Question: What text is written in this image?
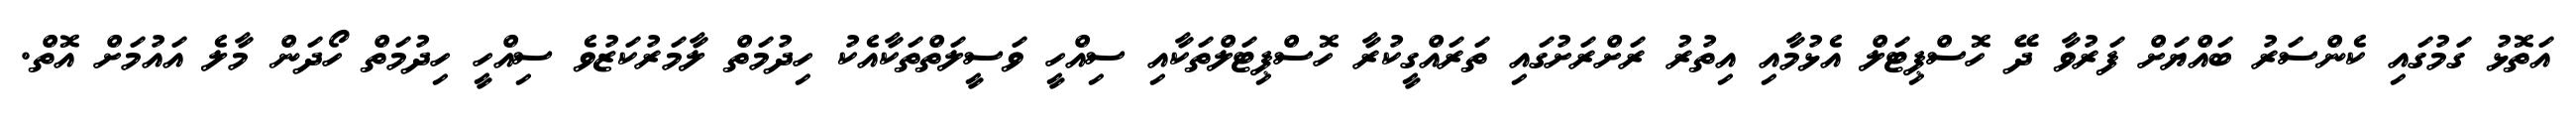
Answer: އަތޮޅު ގަމުގައި ކެންސަރު ބައްޔަށް ފަރުވާ ދޭ ހޮސްޕިޓަލް އެޅުމާއި އިތުރު ރަށްރަށުގައި ތަރައްގީކުރާ ހޮސްޕިޓަލްތަކާއި ސިއްހީ ވަސީލަތްތަކާއެކު ހިދުމަތް ލާމަރުކަޒުވެ ސިއްހީ ހިދުމަތް ހޯދަން މާލެ އައުމަށް އޮތް.